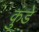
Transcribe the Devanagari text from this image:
कुंडेे